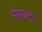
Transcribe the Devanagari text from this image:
शहएवक्त